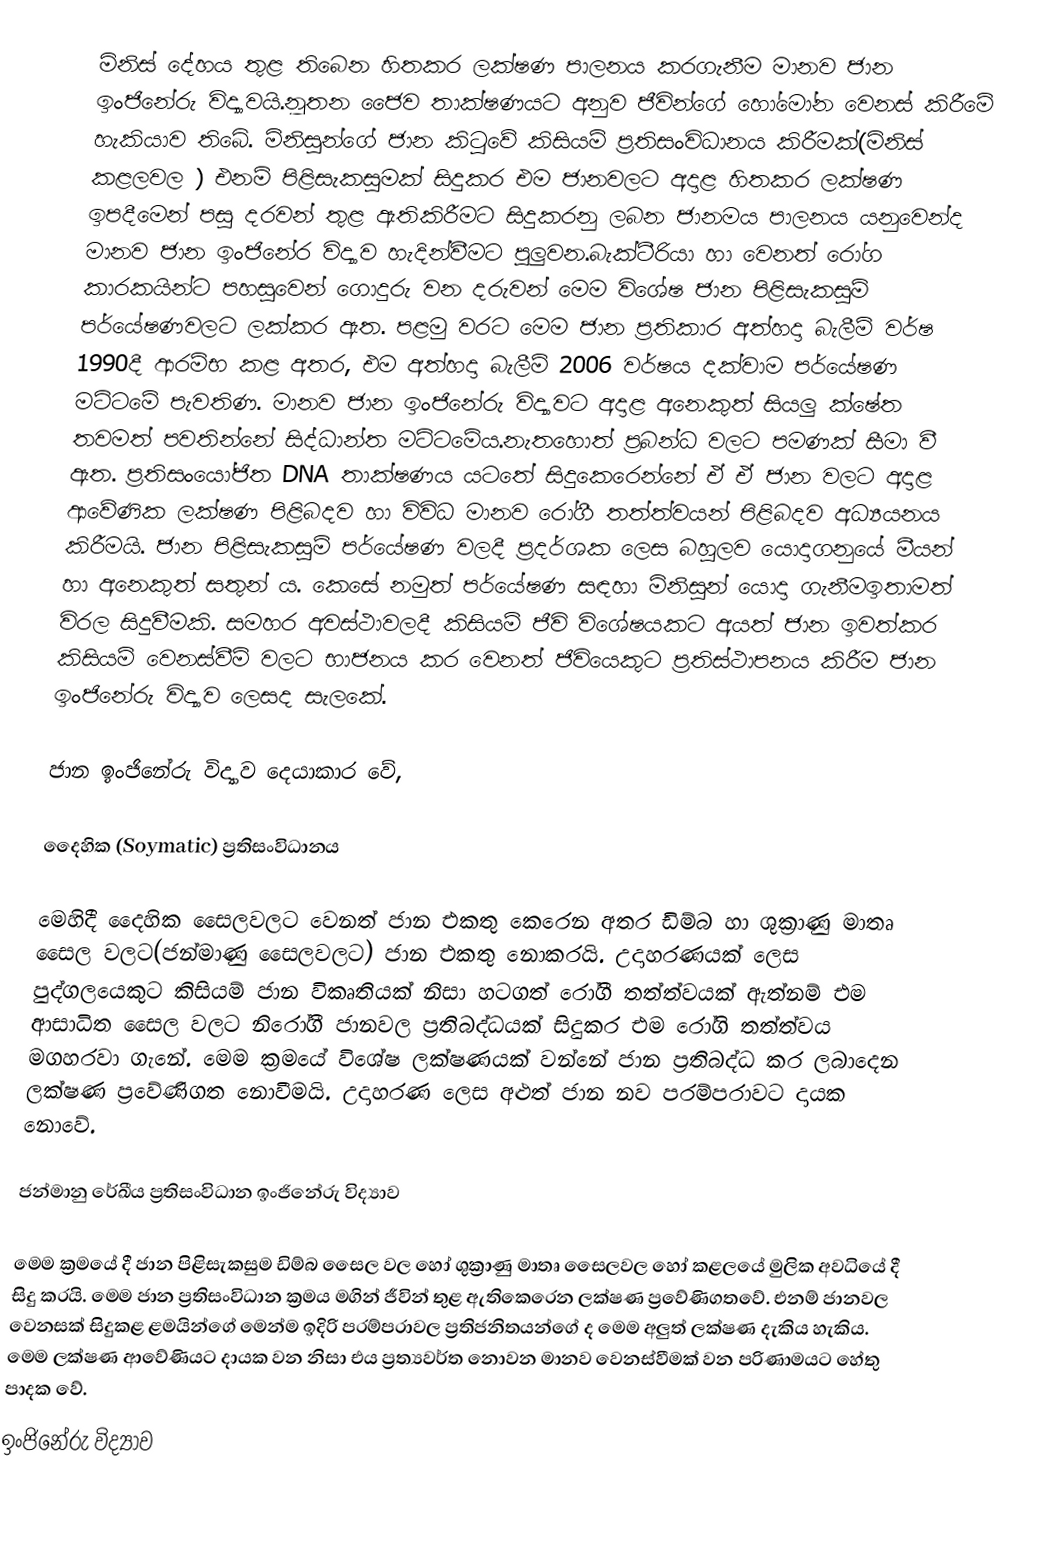
මිනිස් දේහය තුළ තිබෙන හිතකර ලක්ෂණ පාලනය කරගැනීම මානව ජාන ඉංජිනේරු විද්‍යාවයි.නූතන ජෛව තාක්ෂණයට අනුව ජීවින්ගේ හෝමෝන වෙනස් කිරීමේ හැකියාව තිබේ. මිනිසුන්ගේ ජාන කිටුවේ කිසියම් ප්‍රතිසංවිධානය කිරීමක්(මිනිස් කළලවල ) එනම් පිළිසැකසුමක් සිදුකර එම ජානවලට අදාළ හිතකර ලක්ෂණ ඉපදීමෙන් පසු දරවන් තුළ ඇතිකිරීමට  සිදුකරනු ලබන ජානමය පාලනය යනුවෙන්ද මානව ජාන ඉංජිනේර විද්‍යාව හැදින්වීමට පුලුවන.බැක්ටීරියා හා වෙනත් රෝග කාරකයින්ට පහසුවෙන් ගොදුරු වන දරුවන්  මෙම විශේෂ ජාන පිළිසැකසුම් පර්යේෂණවලට ලක්කර ඇත. පළමු වරට මෙම ජාන ප්‍රතිකාර අත්හදා බැලීම් වර්ෂ 1990දී ආරම්භ කළ අතර, එම අත්හදා බැලීම් 2006 වර්ෂය දක්වාම පර්යේෂණ මට්ටමේ පැවතිණ. මානව ජාන ඉංජිනේරු විද්‍යාවට අදාළ අනෙකුත් සියලු ක්ෂේත තවමත් පවතින්නේ සිද්ධාන්ත මට්ටමේය.නැතහොත්  ප්‍රබන්ධ වලට පමණක් සීමා වී ඇත. ප්‍රතිසංයෝජිත DNA තාක්ෂණය යටතේ සිදුකෙරෙන්නේ ඒ ඒ ජාන වලට අදාළ ආවේණික ලක්ෂණ පිළිබදව හා විවිධ මානව රෝගී තත්ත්වයන් පිළිබදව අධ්‍යයනය කිරීමයි. ජාන පිළිසැකසුම් පර්යේෂණ වලදී  ප්‍රදර්ශක ලෙස බහුලව යොදාගනුයේ මීයන් හා ‍අනෙකුත් සතුන් ය. කෙසේ නමුත් පර්යේෂණ සඳහා මිනිසුන් යොදා ගැනීමඉතාමත් විරල සිදුවීමකි. සමහර අවස්ථාවලදී  කිසියම් ජීවි විශේෂයකට අයත් ජාන ඉවත්කර කිසියම් වෙනස්වීම් වලට භාජනය කර වෙනත් ජිවියෙකුට ප්‍රතිස්ථාපනය කිරීම ජාන ඉංජිනේරු විද්‍යාව ලෙසද සැලකේ.

ජාන ඉංජිනේරු විද්‍යාව දෙයාකාර වේ,

දෛහික (Soymatic) ප්‍රතිසංවිධානය

මෙහිදී දෛහික සෛලවලට වෙනත් ජාන එකතු කෙරෙන අතර ඩිම්බ හා ශුක්‍රාණු මාතෘ සෛල වලට(ජන්මාණු සෛලවලට) ජාන එකතු නොකරයි. උදාහරණයක් ලෙස පුද්ගලයෙකුට කිසියම් ජාන විකෘතියක් නිසා හටගත් රෝගී තත්ත්වයක් ඇත්නම් එම ආසාධිත සෛල වලට  නිරෝගී ජානවල ප්‍රතිබද්ධයක් සිදුකර  එම රෝගි තත්ත්වය මගහරවා ගැනේ. මෙම ක්‍රමයේ විශේෂ ලක්ෂණයක් වන්නේ ජාන ප්‍රතිබද්ධ කර ලබාදෙන ලක්ෂණ  ප්‍රවේණිගත නොවීමයි. උදාහරණ ලෙස අළුත් ජාන නව පරම්පරාවට දායක නොවේ.

ජන්මානු රේඛීය ප්‍රතිසංවිධාන ඉංජිනේරු විද්‍යාව

මෙම ක්‍රමයේ දී ජාන පිළිසැකසුම  ඩිම්බ සෛල වල හෝ ශුක්‍රාණු මාතෘ සෛලවල හෝ කළලයේ මුලික අවධියේ දී සිදු කරයි. මෙම ජාන ප්‍රතිසංවිධාන ක්‍රමය මගින් ජීවින් තුළ ඇතිකෙරෙන ලක්ෂණ  ප්‍රවේණිගතවේ. එනම් ජානවල වෙනසක් සිදුකළ ළමයින්ගේ මෙන්ම ඉදිරි පරම්පරාවල ප්‍රතිජනිතයන්ගේ ද මෙම අලුත් ලක්ෂණ දැකිය හැකිය. මෙම ලක්ෂණ ආවේණියට  දායක වන නිසා එය ප්‍රත්‍යවර්ත නොවන මානව වෙනස්වීමක් වන පරිණාමයට හේතු පාදක වේ.
ඉංජිනේරු විද්‍යාව